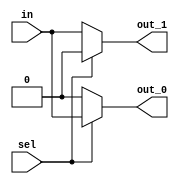
module demux1x2(
  input in, sel,
  output reg out_0, out_1
);
  assign out_0 = sel ? in : 1'b0;
  assign out_1 = sel ? 1'b0 : in;
endmodule